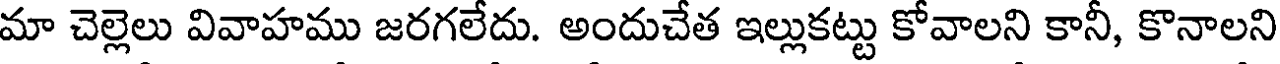
మా చెల్లెలు వివాహము జరగలేదు. అందుచేత ఇల్లుకట్టు కోవాలని కానీ, కొనాలని